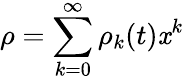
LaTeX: \rho=\sum_{k=0}^{\infty}\rho_{k}(t)\mathit{x}^{k}